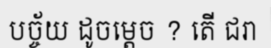
បច្ច័យ ដូចម្តេច ? តើ ជរា